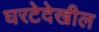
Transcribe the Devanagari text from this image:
घरटेदेखील